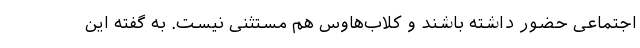
اجتماعی حضور داشته باشند و کلاب‌هاوس هم مستثنی نیست. به‌ گفته این